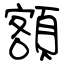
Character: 額